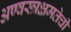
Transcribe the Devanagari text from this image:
अण्वस्त्रक्षमतेची